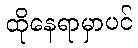
ထိုနေရာမှာပင်